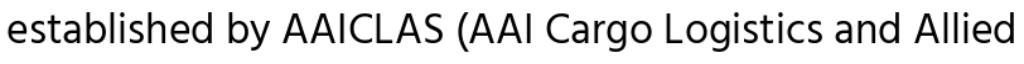
established by AAICLAS (AAI Cargo Logistics and Allied